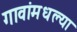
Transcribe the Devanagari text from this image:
गावांमधल्या